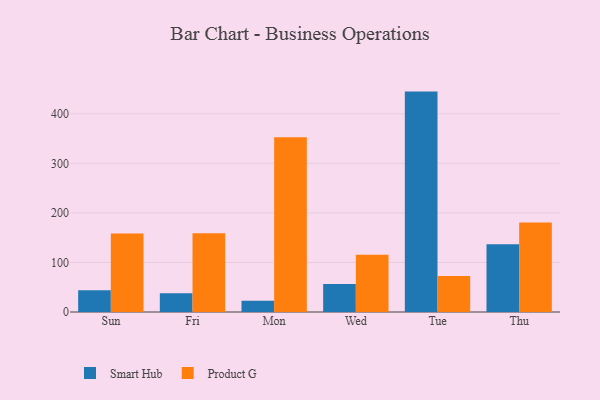
{"axis": {"x": "Day", "y": "Demand Index"}, "legend": ["Product G", "Smart Hub"], "data": [{"x": "Sun", "y": 44.0, "type": "Smart Hub"}, {"x": "Sun", "y": 158.6, "type": "Product G"}, {"x": "Fri", "y": 38.0, "type": "Smart Hub"}, {"x": "Fri", "y": 159.1, "type": "Product G"}, {"x": "Mon", "y": 22.6, "type": "Smart Hub"}, {"x": "Mon", "y": 352.4, "type": "Product G"}, {"x": "Wed", "y": 56.4, "type": "Smart Hub"}, {"x": "Wed", "y": 115.6, "type": "Product G"}, {"x": "Tue", "y": 444.7, "type": "Smart Hub"}, {"x": "Tue", "y": 72.5, "type": "Product G"}, {"x": "Thu", "y": 136.8, "type": "Smart Hub"}, {"x": "Thu", "y": 180.7, "type": "Product G"}]}